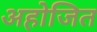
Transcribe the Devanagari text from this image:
अहोजित